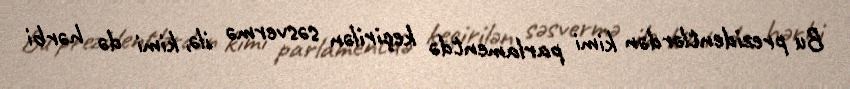
Bu prezidentlərdən kimi parlamentdə keçirilən səsvermə ilə, kimi də hərbi